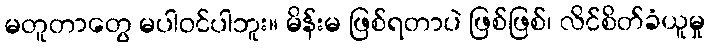
မတူတာတွေ မပါဝင်ပါဘူး။ မိန်းမ ဖြစ်ရတာပဲ ဖြစ်ဖြစ်၊ လိင်စိတ်ခံယူမှု